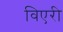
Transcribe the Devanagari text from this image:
विएरी